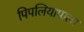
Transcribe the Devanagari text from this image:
पिपलियापाला